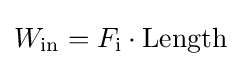
W_{\rm {in}}=F_{\rm {i}}\cdot {\text{Length}}